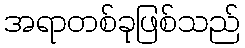
အရာတစ်ခုဖြစ်သည်